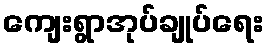
ကျေးရွာအုပ်ချုပ်ရေး